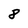
Character: 8